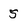
Character: 5